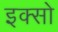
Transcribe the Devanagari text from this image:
इक्सो